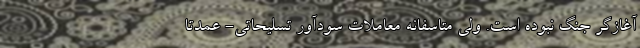
آغازگر جنگ نبوده است. ولی متاسفانه معاملات سودآور تسلیحاتی- عمدتا